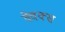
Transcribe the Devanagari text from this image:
क्वेक्स